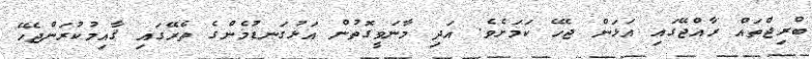
ބްރިޖްތައް ރާއްޖޭގައި އަޅަން ޖެހޭ ކަމަށެވެ. އަދި މާނަވީގޮތުން އަޅުގަނޑުމެންގެ ތެރޭގައި ޤާއިމުކުރަންޖެހޭ